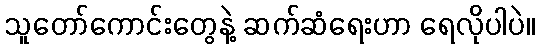
သူတော်ကောင်းတွေနဲ့ ဆက်ဆံရေးဟာ ရေလိုပါပဲ။